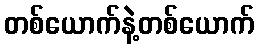
တစ်ယောက်နဲ့တစ်ယောက်